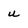
Character: u